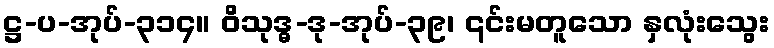
ဋ္ဌ-ပ-အုပ်-၃၁၄။ ဝိသုဒ္ဓ-ဒု-အုပ်-၃၉၊ ၎င်းမတူသော နှလုံးသွေး